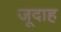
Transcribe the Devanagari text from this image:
जूदाह